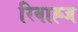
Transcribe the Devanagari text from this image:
रिवाह्ज